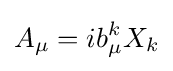
A_{\mu }=ib_{\mu }^{k}X_{k}